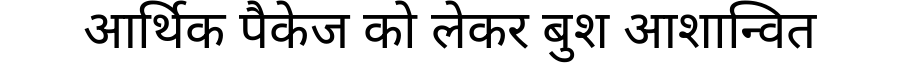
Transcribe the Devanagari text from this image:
आर्थिक पैकेज को लेकर बुश आशान्वित